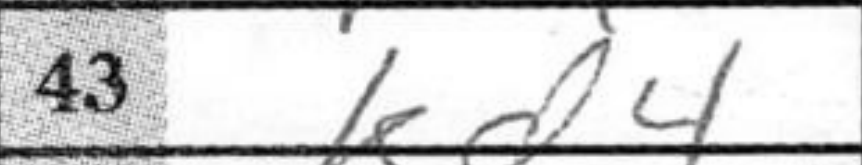
Transcription: Kd4